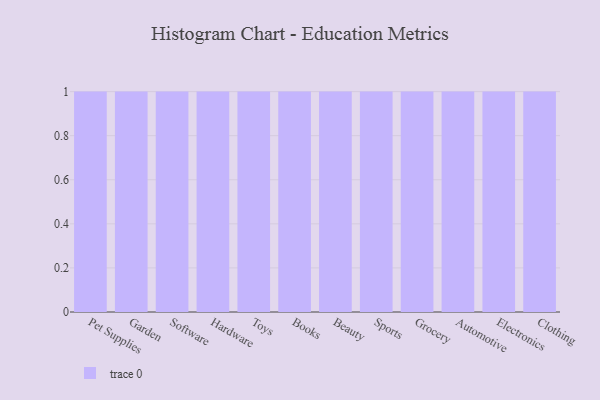
{"axis": {"x": "Category", "y": "Active Users"}, "legend": [""], "data": [{"x": "Pet Supplies", "y": 73, "type": ""}, {"x": "Garden", "y": 68, "type": ""}, {"x": "Software", "y": 94, "type": ""}, {"x": "Hardware", "y": 31, "type": ""}, {"x": "Toys", "y": 91, "type": ""}, {"x": "Books", "y": 2, "type": ""}, {"x": "Beauty", "y": 69, "type": ""}, {"x": "Sports", "y": 78, "type": ""}, {"x": "Grocery", "y": 58, "type": ""}, {"x": "Automotive", "y": 11, "type": ""}, {"x": "Electronics", "y": 82, "type": ""}, {"x": "Clothing", "y": 61, "type": ""}]}